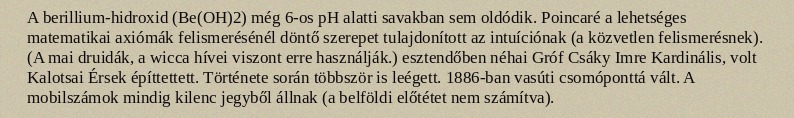
A berillium-hidroxid (Be(OH)2) még 6-os pH alatti savakban sem oldódik. Poincaré a lehetséges matematikai axiómák felismerésénél döntő szerepet tulajdonított az intuíciónak (a közvetlen felismerésnek). (A mai druidák, a wicca hívei viszont erre használják.) esztendőben néhai Gróf Csáky Imre Kardinális, volt Kalotsai Érsek építtettett. Története során többször is leégett. 1886-ban vasúti csomóponttá vált. A mobilszámok mindig kilenc jegyből állnak (a belföldi előtétet nem számítva).